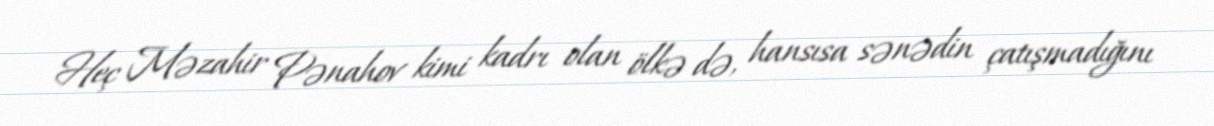
Heç Məzahir Pənahov kimi kadrı olan ölkə də, hansısa sənədin çatışmadığını